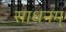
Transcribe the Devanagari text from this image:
साधनम्